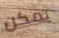
يمكن